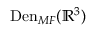
\mathrm { D e n } _ { M F } ( \mathbb { R } ^ { 3 } )